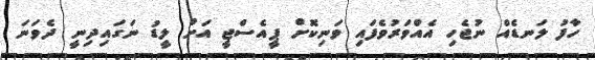
ހާފު ލަނޑެއް ނުޖެހި އެއްވަރުވެފައި ވަނިކޮށް ޕީއެސްޖީ އަށް ލީޑު ނަގައިދިނީ ދެވަނަ